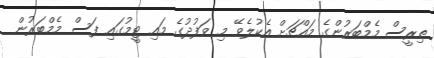
ތިރީސް މެމްބަރުންގެ މައްޗަށް އެކުލެވޭ މި ވަފުދުގެ މައި ޓީމުގައި ފަސް މެމްބަރުން